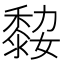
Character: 𪏼